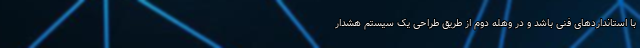
با استانداردهای فنی باشد و در وهله دوم از طریق طراحی یک سیستم هشدار